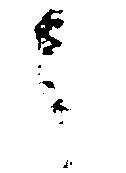
う